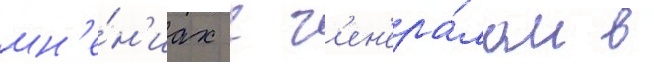
мн'е́н'иах с г'ен'ера́лом в